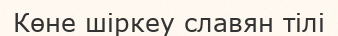
Көне шіркеу славян тілі